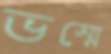
ভস্মে